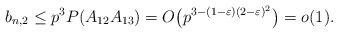
LaTeX: \begin{align*}b_{n,2}\leq p^3P(A_{12}A_{13})=O\bigl( p^{3-(1-\varepsilon)(2-\varepsilon)^2} \bigr) = o(1).\end{align*}